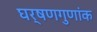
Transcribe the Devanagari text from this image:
घर्षणगुणांक